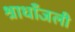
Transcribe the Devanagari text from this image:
श्राधाँजली